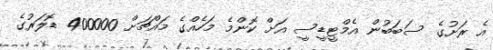
އެ ރަށުގެ ސަބަބުން އެމްޓީޑީސީ އަށް ކޮންމެ މަހެއްގެ މައްޗަށް 400000 ޑޮލަރުގެ